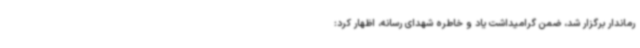
رماندار برگزار شد، ضمن گرامیداشت یاد و خاطره شهدای رسانه، اظهار کرد: